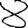
Digit: 8